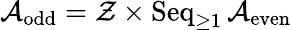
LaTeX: {\mathcal{A}}_{\mathrm{odd}}={\mathcal{Z}}\times\operatorname{Seq}_{\geq 1}{\mathcal{A}}_{\mathrm{even}}